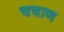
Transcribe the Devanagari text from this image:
चचाण